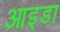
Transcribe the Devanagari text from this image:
आइडा